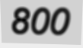
800